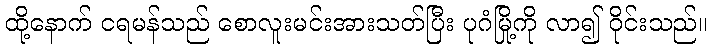
ထို့နောက် ငရမန်သည် စောလူးမင်းအားသတ်ပြီး ပုဂံမြို့ကို လာ၍ ဝိုင်းသည်။